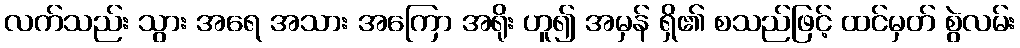
လက်သည်း သွား အရေ အသား အကြော အရိုး ဟူ၍ အမှန် ရှိ၏ စသည်ဖြင့် ထင်မှတ် စွဲလမ်း